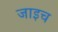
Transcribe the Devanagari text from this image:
जाइच